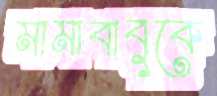
মামাবাবুকে